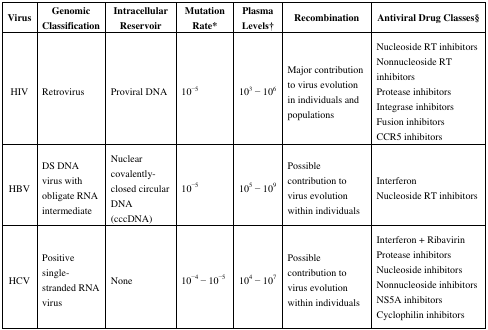
| Virus | Genomic Classification | Intracellular Reservoir | Mutation Rate* | Plasma Levels† | Recombination | Antiviral Drug Classes§ |
 | --- | --- | --- | --- | --- | --- | --- |
 | HIV | Retrovirus | Proviral DNA | 10−5 | 103 − 106 | Major contribution to virus evolution in individuals and populations | Nucleoside RT inhibitorsNonnucleoside RT inhibitorsProtease inhibitorsIntegrase inhibitorsFusion inhibitorsCCR5 inhibitors |
 | HBV | DS DNA virus with obligate RNA intermediate | Nuclear covalently-closed circular DNA (cccDNA) | 10−5 | 105 − 109 | Possible contribution to virus evolution within individuals | InterferonNucleoside RT inhibitors |
 | HCV | Positive single-stranded RNA virus | None | 10−4 − 10−5 | 104 − 107 | Possible contribution to virus evolution within individuals | Interferon + RibavirinProtease inhibitorsNucleoside inhibitorsNonnucleoside inhibitorsNS5A inhibitorsCyclophilin inhibitors |